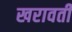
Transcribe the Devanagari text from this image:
खरावती